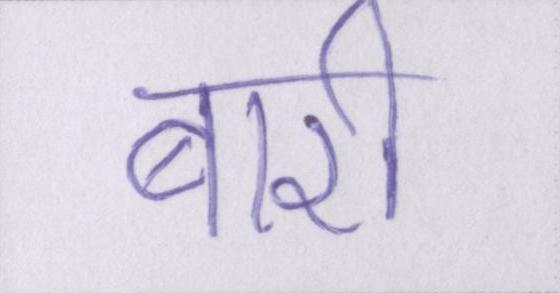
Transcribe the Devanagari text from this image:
बारी